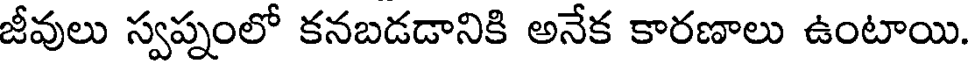
జీవులు స్వప్నంలో కనబడడానికి అనేక కారణాలు ఉంటాయి.